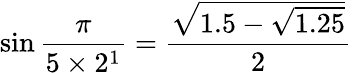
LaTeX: \sin{\frac{\pi}{5\times 2^{1}}}={\frac{\sqrt{1.5-{\sqrt{1.25}}}}{2}}